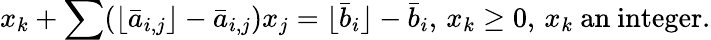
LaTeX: x_{k}+\sum(\lfloor{\bar{a}}_{i,j}\rfloor-{\bar{a}}_{i,j})x_{j}=\lfloor{\bar{b}}_{i}\rfloor-{\bar{b}}_{i},\, x_{k}\geq 0,\, x_{k}{\mathrm{~an~integer}}.